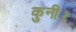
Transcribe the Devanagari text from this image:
कुनी।